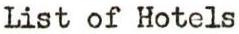
List of Hotels